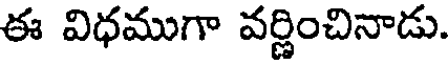
ఈ విధముగా వర్ణించినాడు.